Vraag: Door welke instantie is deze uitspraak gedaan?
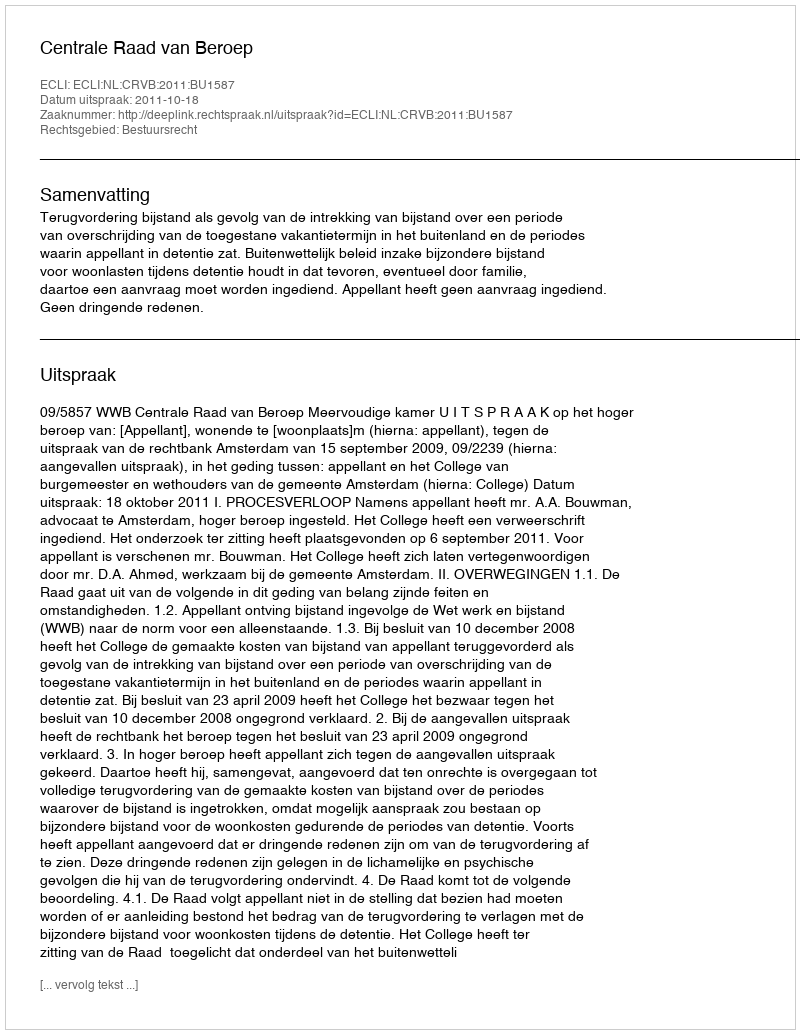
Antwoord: Centrale Raad van Beroep